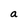
Character: a